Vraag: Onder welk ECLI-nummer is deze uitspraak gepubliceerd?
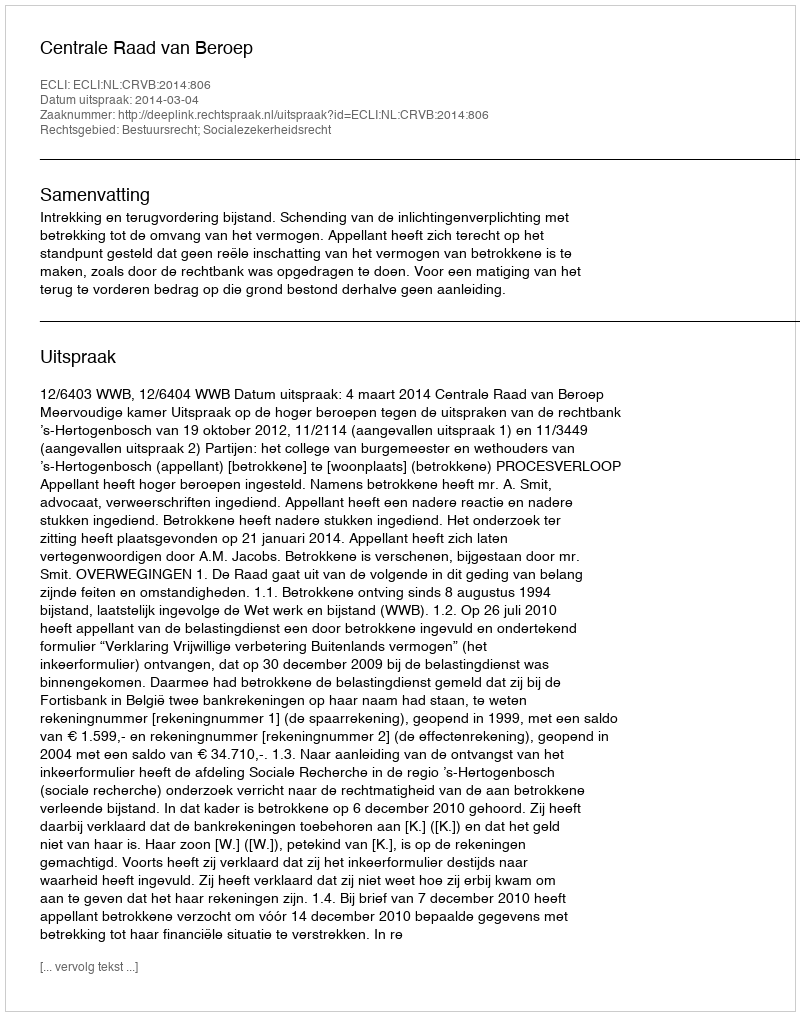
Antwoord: ECLI:NL:CRVB:2014:806